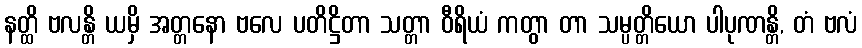
နတ္ထိ ဗလန္တိ ယမှိ အတ္တနော ဗလေ ပတိဋ္ဌိတာ သတ္တာ ဝီရိယံ ကတွာ တာ သမ္ပတ္တိယော ပါပုဏန္တိ, တံ ဗလံ